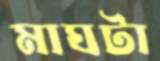
মাঘটা